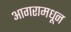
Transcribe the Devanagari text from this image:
आगरामधून